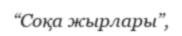
“Соқа жырлары”,